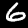
Label: 6